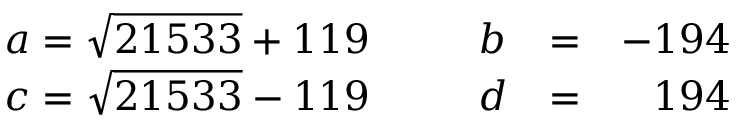
\left. \begin{array} { l l l l r } { { a = \sqrt { 2 1 5 3 3 } + 1 1 9 \, } } & { { \, \, \, } } & { { b } } & { { = } } & { { - 1 9 4 } } \\ { { c = \sqrt { 2 1 5 3 3 } - 1 1 9 \, } } & { { \, \, \, } } & { { d } } & { { = } } & { { 1 9 4 } } \end{array} \right.